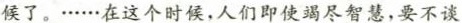
候了。……在这个时候，人们即使竭尽智慧，要不谈